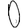
Digit: 0